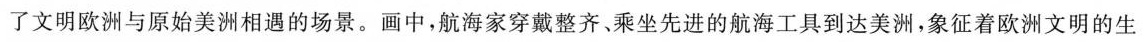
了文明欧洲与原始美洲相遇的场景。画中，航海家穿戴整齐、乘坐先进的航海工具到达美洲，象征着欧洲文明的生